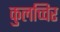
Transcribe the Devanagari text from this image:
कुलच्चिर